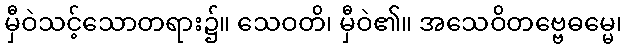
မှီဝဲသင့်သောတရား၌။ သေဝတိ၊ မှီဝဲ၏။ အသေဝိတဗ္ဗေဓမ္မေ၊